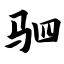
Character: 驷